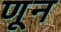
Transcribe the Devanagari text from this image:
णून